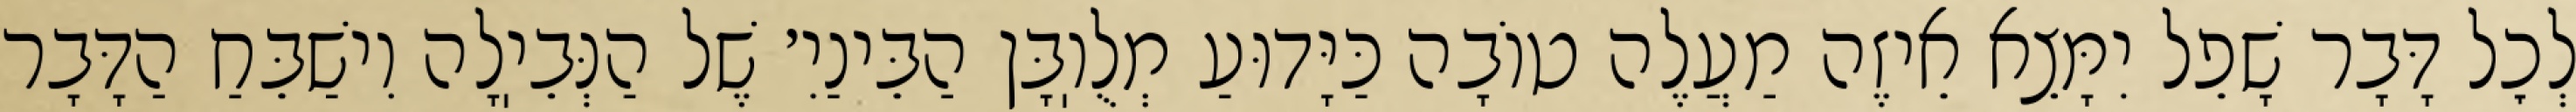
לְכׇל דָּבָר שָׁפֵל יִמָּצֵא אֵיזֶה מַעֲלֶה טוֹבָה כַּיָּדוּעַ מְלֻוֽבָּן הַבֵּינַיִ׳ שֶׁל הַנְּבֵיֽלָה וִישַׁבֵּחַ הַדָּבָר